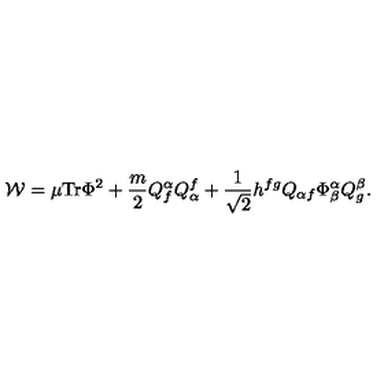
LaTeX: { \cal { W } } = \mu \mathrm { T r } \Phi ^ { 2 } + \frac { m } { 2 } Q _ { f } ^ { \alpha } Q _ { \alpha } ^ { f } + \frac { 1 } { \sqrt { 2 } } h ^ { f g } Q _ { \alpha f } \Phi _ { \beta } ^ { \alpha } Q _ { g } ^ { \beta } .